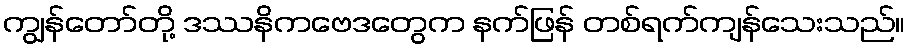
ကျွန်တော်တို့ ဒဿနိကဗေဒတွေက နက်ဖြန် တစ်ရက်ကျန်သေးသည်။